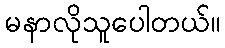
မနာလိုသူပေါတယ်။